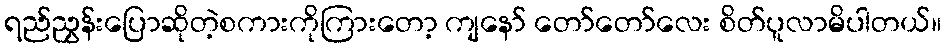
ရည်ညွှန်းပြောဆိုတဲ့စကားကိုကြားတော့ ကျနော် တော်တော်လေး စိတ်ပူလာမိပါတယ်။